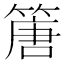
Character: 篖